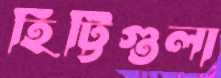
হিট্টিগুলা